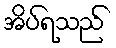
အိပ်ရသည်